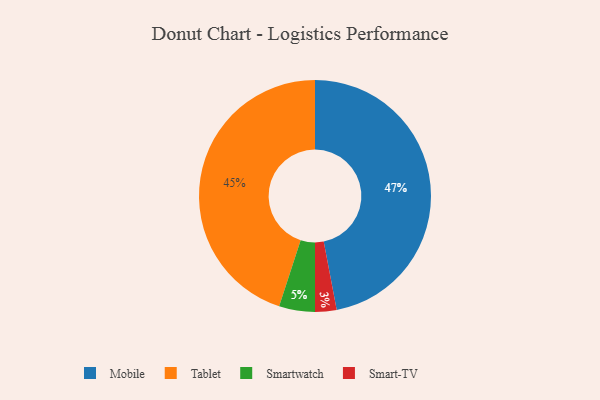
{"axis": {"x": "Category", "y": "Percentage"}, "legend": ["Mobile", "Smart-TV", "Smartwatch", "Tablet"], "data": [{"x": "Smart-TV", "y": 3, "type": "Smart-TV"}, {"x": "Mobile", "y": 47, "type": "Mobile"}, {"x": "Tablet", "y": 45, "type": "Tablet"}, {"x": "Smartwatch", "y": 5, "type": "Smartwatch"}]}